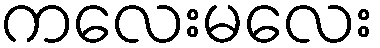
ကလေးမလေး